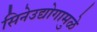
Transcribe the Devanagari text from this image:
सिनेउद्योगामुळे